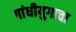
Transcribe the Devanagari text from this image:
गांधीयुगाचा